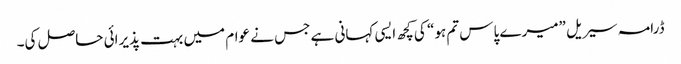
ڈرامہ سیریل ”میرے پاس تم ہو“ کی کچھ ایسی کہانی ہے جس نے عوام میں بہت پذیرائی حاصل کی۔